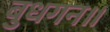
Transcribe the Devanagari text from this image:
बुधगन॥